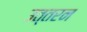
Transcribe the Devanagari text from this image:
उत्तरन